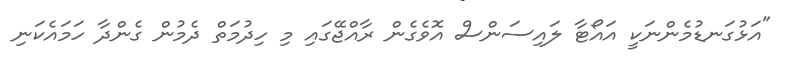
"އަޅުގަނޑުމެންނަކީ އައޯޓާ ލައިސަންސް އޮވެގެން ރާއްޖޭގައި މި ހިދުމަތް ދެމުން ގެންދާ ހަމައެކަނި